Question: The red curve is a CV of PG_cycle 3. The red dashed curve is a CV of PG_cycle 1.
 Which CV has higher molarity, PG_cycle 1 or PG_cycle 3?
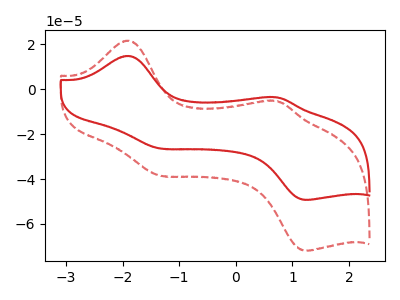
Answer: <think>The red curve "PG_cycle 3" has anodic peaks at (-1.90V, 14.80uA) (0.75V, -3.70uA) and cathodic peaks at (-1.35V, -26.35uA) (1.30V, -49.30uA). The red dashed curve "PG_cycle 1" has anodic peaks at (-1.90V, 21.60uA) (0.75V, -5.35uA) and cathodic peaks at (-1.35V, -38.45uA) (1.30V, -71.90uA).
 All the peaks in "PG_cycle 1" have a peak in "PG_cycle 3" at the same potential.</think>
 <answer>I cant tell if "PG_cycle 1" or "PG_cycle 3" has higher concentration.</answer>
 <eval>mixed_concentration</eval>